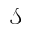
\mathcal { S }